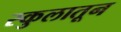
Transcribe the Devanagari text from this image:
स्कुलातून